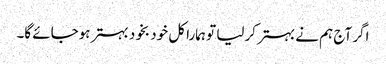
اگر آج ہم نے بہتر کرلیا تو ہمارا کل خود بخود بہتر ہوجائے گا۔